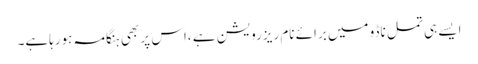
ایسے ہی تمل ناڈو میں برائے نام ریزرویشن ہے ،اس پر بھی ہنگامہ ہورہاہے۔